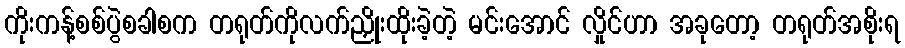
ကိုးကန့်စစ်ပွဲစခါစက တရုတ်ကိုလက်ညှိုးထိုးခဲ့တဲ့ မင်းအောင် လှိုင်ဟာ အခုတော့ တရုတ်အစိုးရ